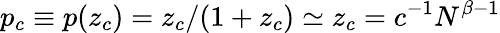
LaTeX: p_{c}\equiv p(z_{c})=z_{c}/(1+z_{c})\simeq z_{c}=c^{-1}N^{\beta-1}